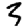
Digit: 3